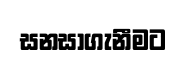
සනසාගැනීමට